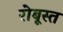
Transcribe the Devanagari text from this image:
रोबूस्त